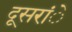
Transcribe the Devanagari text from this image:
दूसरांे